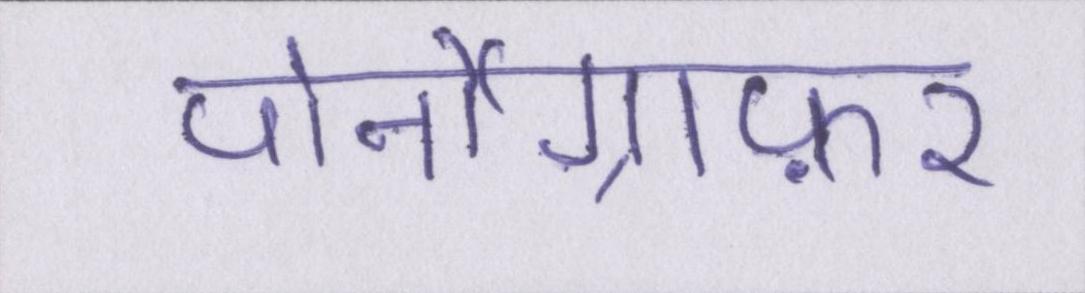
पोर्नोग्राफ़र